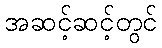
အဆင့်ဆင့်တွင်